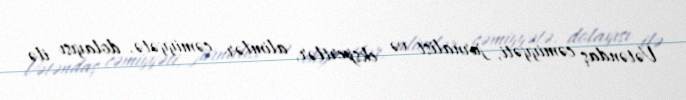
Vətəndaş cəmiyyəti, jurnalist və ekspertlər, alimlər cəmiyyətə, dolayısı ilə